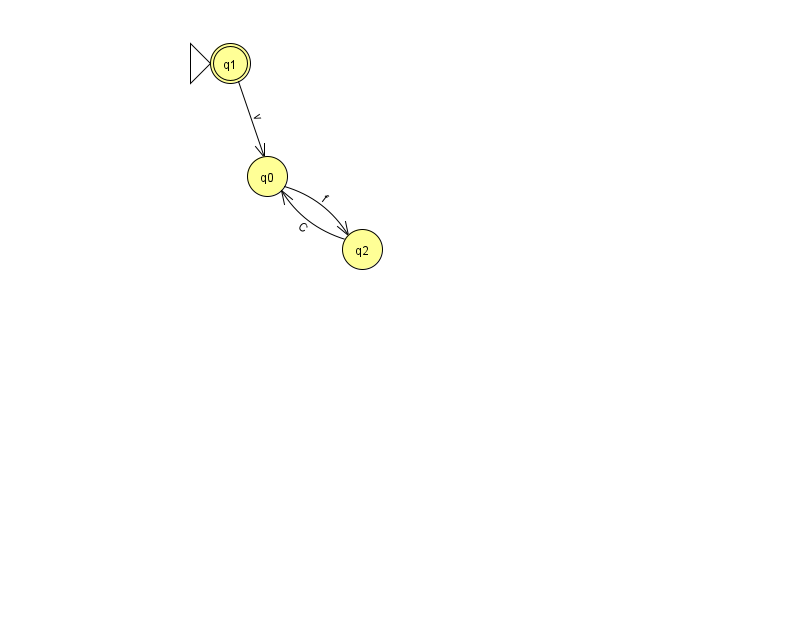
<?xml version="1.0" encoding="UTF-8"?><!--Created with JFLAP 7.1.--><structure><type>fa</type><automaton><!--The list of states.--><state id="0" name="q0"><x>267.0</x><y>163.0</y></state><state id="1" name="q1"><x>230.0</x><y>50.0</y><initial/><final/></state><state id="2" name="q2"><x>362.0</x><y>236.0</y></state><!--The list of transitions.--><transition><from>1</from><to>0</to><read>v</read></transition><transition><from>0</from><to>2</to><read>f</read></transition><transition><from>2</from><to>0</to><read>C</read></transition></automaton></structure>